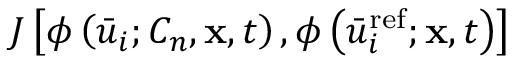
{ J \left[ { \phi \left( { { { \bar { u } } _ { i } } ; { C _ { n } } , { \bf { x } } , t } \right) , \phi \left( { \bar { u } _ { i } ^ { \mathrm { { r e f } } } ; { \bf { x } } , t } \right) } \right] }